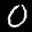
Digit: 0